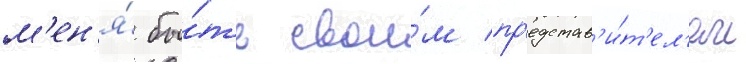
м'ен'я́ бы́ть свои́м пр'едстав'и́т'ел'ем